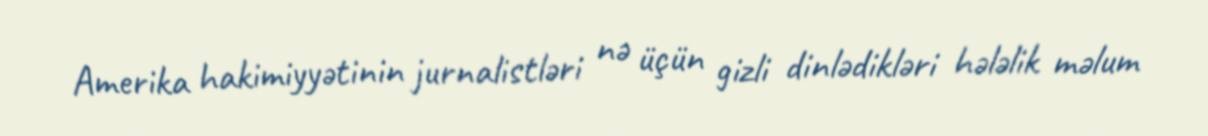
Amerika hakimiyyətinin jurnalistləri nə üçün gizli dinlədikləri hələlik məlum